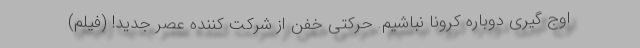
اوج گیری دوباره کرونا نباشیم. حرکتی خفن از شرکت کننده عصر جدید! (فیلم)